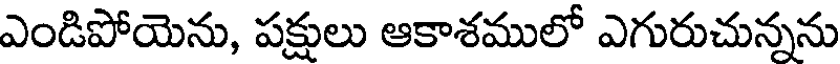
ఎండిపోయెను, పక్షులు ఆకాశములో ఎగురుచున్నను